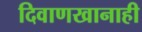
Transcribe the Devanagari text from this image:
दिवाणखानाही